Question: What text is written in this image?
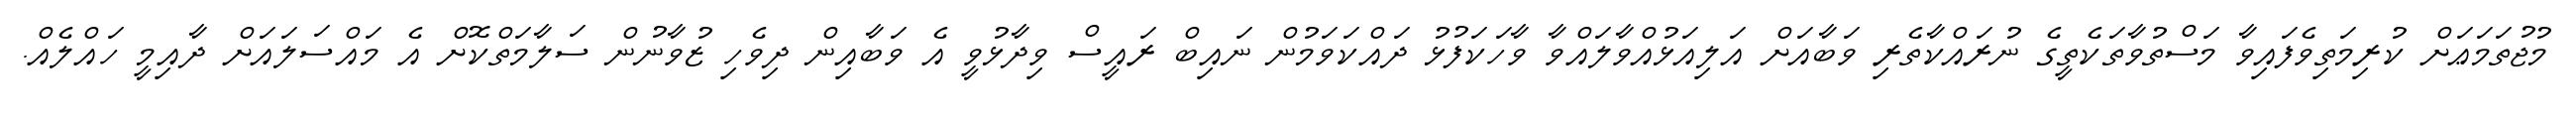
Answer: މުޖުތަމަޢަށް ކުރިމަތިވެފައިވާ މަސްތުވާތަކެތީގެ ނުރައްކާތެރި ވަބާއަށް އަލިއަޅުއްވާލައްވާ ވާހަކަފުޅު ދައްކަވަމުން ނައިބް ރައީސް ވިދާޅުވީ އެ ވަބާއިން ދިވެހި ޒުވާނުން ސަލާމަތްކޮށް އެ މައްސަލައަށް ދާއިމީ ހައްލެއް.